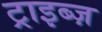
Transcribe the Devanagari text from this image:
ट्राइब्ज़